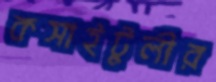
কসাইটুলীর